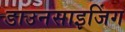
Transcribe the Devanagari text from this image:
डाउनसाइजिंग